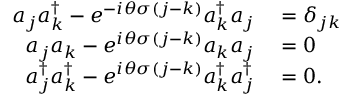
\begin{array} { r l } { { a } _ { j } { a } _ { k } ^ { \dagger } - e ^ { - i \theta \sigma ( j - k ) } { a } _ { k } ^ { \dagger } { a } _ { j } } & { { } = \delta _ { j k } } \\ { { a } _ { j } { a } _ { k } - e ^ { i \theta \sigma ( j - k ) } { a } _ { k } { a } _ { j } } & { { } = 0 } \\ { { a } _ { j } ^ { \dagger } { a } _ { k } ^ { \dagger } - e ^ { i \theta \sigma ( j - k ) } { a } _ { k } ^ { \dagger } { a } _ { j } ^ { \dagger } } & { { } = 0 . } \end{array}